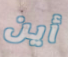
أين